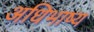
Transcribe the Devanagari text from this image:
अधिभाष्य